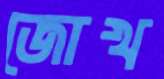
জোখ